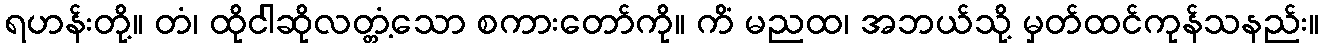
ရဟန်းတို့။ တံ၊ ထိုငါဆိုလတ္တံ့သော စကားတော်ကို။ ကိံ မညထ၊ အဘယ်သို့ မှတ်ထင်ကုန်သနည်း။